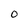
Character: O